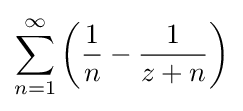
\sum _{n=1}^{\infty }\left({\frac {1}{n}}-{\frac {1}{z+n}}\right)